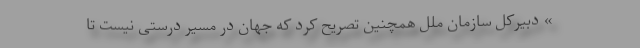
» دبیرکل سازمان ملل همچنین تصریح کرد که جهان در مسیر درستی نیست تا